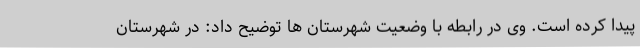
پیدا کرده است. وی در رابطه با وضعیت شهرستان ها توضیح داد: در شهرستان